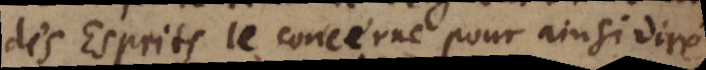
des Esprits le concerne pour ainsi dire